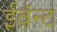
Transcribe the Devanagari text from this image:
ईवॅन्ट